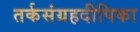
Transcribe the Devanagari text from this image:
तर्कसंग्रहदीपिका